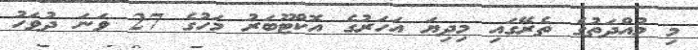
މި މުއްދަތުގެ ތެރޭގައި މިދިޔަ އަހަރުގެ އޮކްޓޫބަރު މަހުގެ 27 ވަނަ ދުވަހު